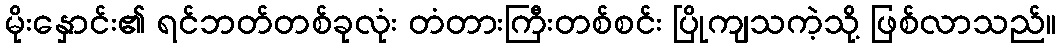
မိုးနှောင်း၏ ရင်ဘတ်တစ်ခုလုံး တံတားကြီးတစ်စင်း ပြိုကျသကဲ့သို့ ဖြစ်လာသည်။